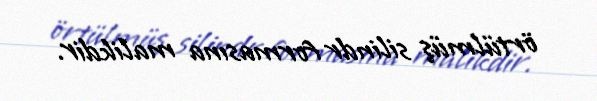
örtülmüş silindr formasına malikdir.